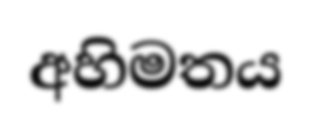
අහිමතය